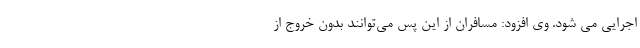
اجرایی می شود. وی افزود: مسافران از این پس می‌توانند بدون خروج از